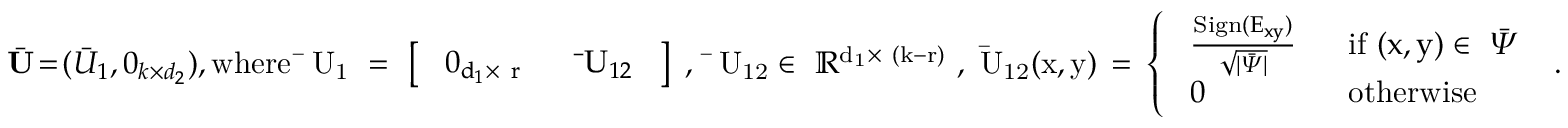
\begin{array} { r } { \bar { \mathbf { U } } \! = \! ( \bar { U } _ { 1 } , 0 _ { k \times d _ { 2 } } ) , \mathrm { w h e r e ~ \bar { ~ } U _ 1 ~ = ~ \left[ \begin{array} { l l } { ~ 0 _ { d _ 1 \times ~ r } ~ } & { ~ \bar { ~ } U _ { 1 2 } ~ } \end{array} \right] ~ , ~ \bar { ~ } U _ { 1 2 } \in ~ \mathbb { R } ^ { d _ 1 \times ~ ( k - r ) } ~ , ~ \bar { U } _ { 1 2 } ( x , y ) \! ~ = \! ~ \left\{ \begin{array} { l l } { ~ \frac { \mathrm { S i g n } ( E _ { x y } ) } { \sqrt { | \bar { \Psi } | } } ~ } & { ~ \mathrm { i f } \ ( x , y ) \in ~ \bar { \Psi } } \\ { ~ 0 ~ } & { ~ \mathrm { o t h e r w i s e } ~ } \end{array} \right. ~ . } } \end{array}